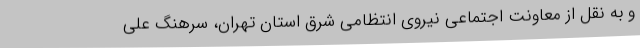
و به نقل از معاونت اجتماعی نیروی انتظامی شرق استان تهران، سرهنگ علی